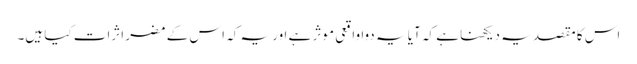
اس کا مقصد یہ دیکھنا ہے کہ آیا یہ دوا واقعی موثر ہے اور یہ کہ اس کے مضر اثرات کیا ہیں۔